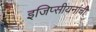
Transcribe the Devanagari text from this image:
इजिप्सीयनांची